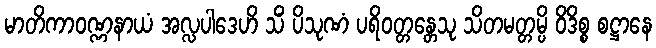
မာတိကာဝဏ္ဏနာယံ အလ္လပါဒေဟိ သိံ ပိသုဏံ ပရိဝတ္တန္တေသု သိတမတ္တမ္ပိ ဝိဒိစ္စ စဋ္ဌာနေ